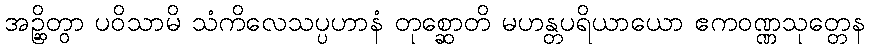
အဉ္ဆိတွာ ပဝိသာမိ သံကိလေသပ္ပဟာနံ တုစ္ဆောတိ မဟန္တပရိယာယော ဧကဝဏ္ဏသုတ္တေန